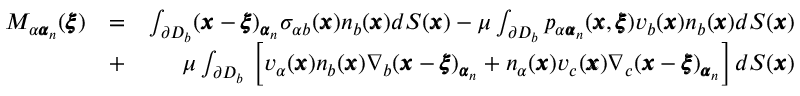
\begin{array} { r l r } { M _ { \alpha { \pmb \alpha } _ { n } } ( { \pmb \xi } ) } & { = } & { \int _ { \partial D _ { b } } ( { \pmb x } - { \pmb \xi } ) _ { { \pmb \alpha } _ { n } } \sigma _ { \alpha b } ( { \pmb x } ) n _ { b } ( { \pmb x } ) d S ( { \pmb x } ) - \mu \int _ { \partial D _ { b } } p _ { \alpha { \pmb \alpha } _ { n } } ( { \pmb x } , { \pmb \xi } ) v _ { b } ( { \pmb x } ) n _ { b } ( { \pmb x } ) d S ( { \pmb x } ) } \\ & { + } & { \mu \int _ { \partial D _ { b } } \, \left[ v _ { \alpha } ( { \pmb x } ) n _ { b } ( { \pmb x } ) \nabla _ { b } ( { \pmb x } - { \pmb \xi } ) _ { { \pmb \alpha } _ { n } } + n _ { \alpha } ( { \pmb x } ) v _ { c } ( { \pmb x } ) \nabla _ { c } ( { \pmb x } - { \pmb \xi } ) _ { { \pmb \alpha } _ { n } } \right] d S ( { \pmb x } ) } \end{array}